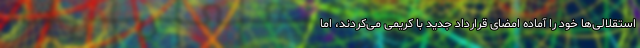
استقلالی‌ها خود را آماده امضای قرارداد جدید با کریمی می‌کردند، اما